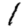
Digit: 1